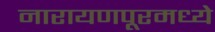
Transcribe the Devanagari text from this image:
नारायणपूरमध्ये